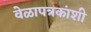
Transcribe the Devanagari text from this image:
वेळापत्रकांशी